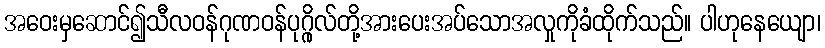
အဝေးမှဆောင်၍သီလဝန်ဂုဏဝန်ပုဂ္ဂိုလ်တို့အားပေးအပ်သောအလှုကိုခံထိုက်သည်။ ပါဟုနေယျော၊